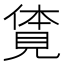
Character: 𧡊